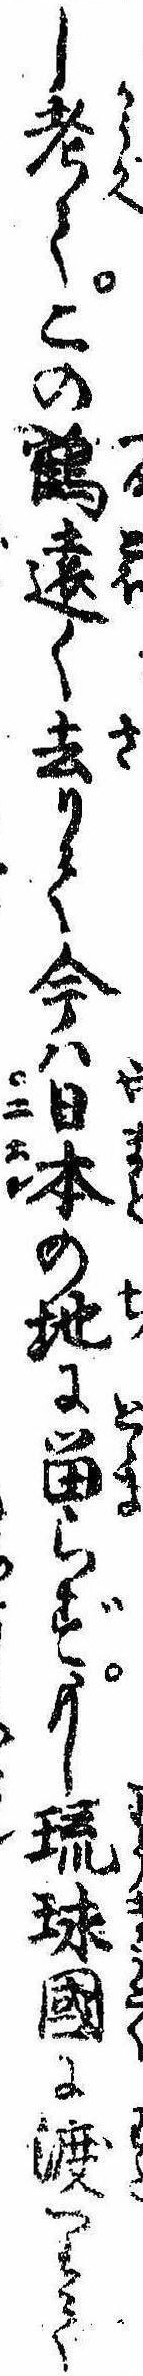
し考てこの鶴遠く去りて今は日本の地に留らずもし硫球国に渡りて